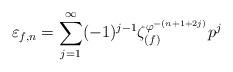
LaTeX: \begin{align*}\varepsilon_{f, n} = \sum_{j = 1}^{\infty} (-1)^{j-1} \zeta_{(f)}^{\varphi^{-(n + 1 + 2j)}} p^j\end{align*}